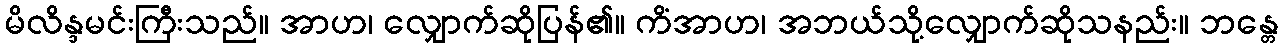
မိလိန္ဒမင်းကြီးသည်။ အာဟ၊ လျှောက်ဆိုပြန်၏။ ကိံအာဟ၊ အဘယ်သို့လျှောက်ဆိုသနည်း။ ဘန္တေ